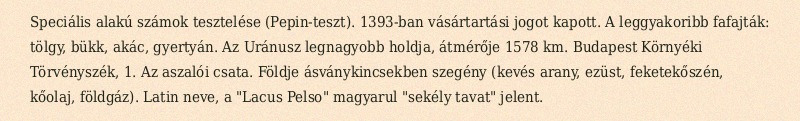
Speciális alakú számok tesztelése (Pepin-teszt). 1393-ban vásártartási jogot kapott. A leggyakoribb fafajták: tölgy, bükk, akác, gyertyán. Az Uránusz legnagyobb holdja, átmérője 1578 km. Budapest Környéki Törvényszék, 1. Az aszalói csata. Földje ásványkincsekben szegény (kevés arany, ezüst, feketekőszén, kőolaj, földgáz). Latin neve, a "Lacus Pelso" magyarul "sekély tavat" jelent.